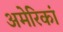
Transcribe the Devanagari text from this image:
अमेरिकां